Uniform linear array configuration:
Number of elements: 12
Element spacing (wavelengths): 0.75
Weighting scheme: uniform
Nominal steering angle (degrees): -30
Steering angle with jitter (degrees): -28.674
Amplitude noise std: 0.05
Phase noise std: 0.05

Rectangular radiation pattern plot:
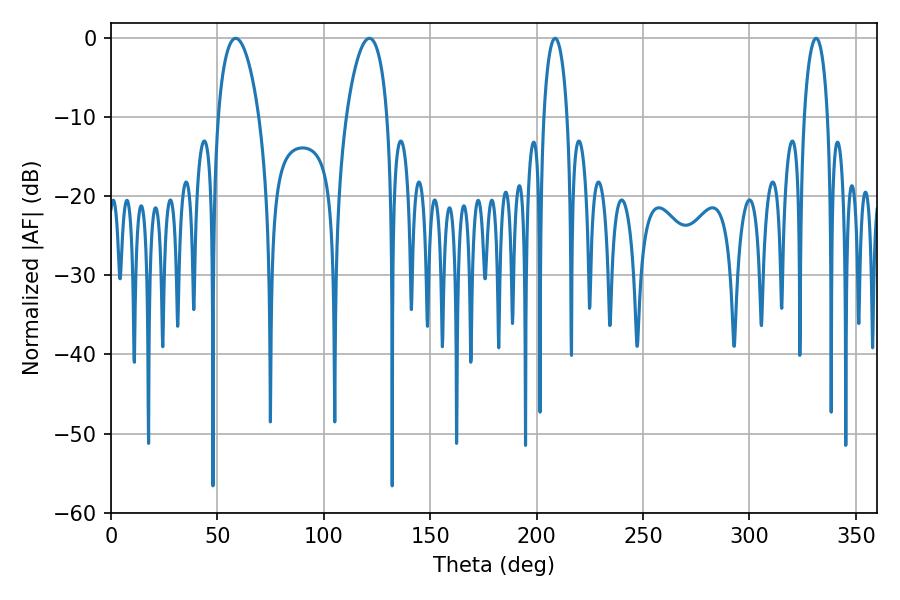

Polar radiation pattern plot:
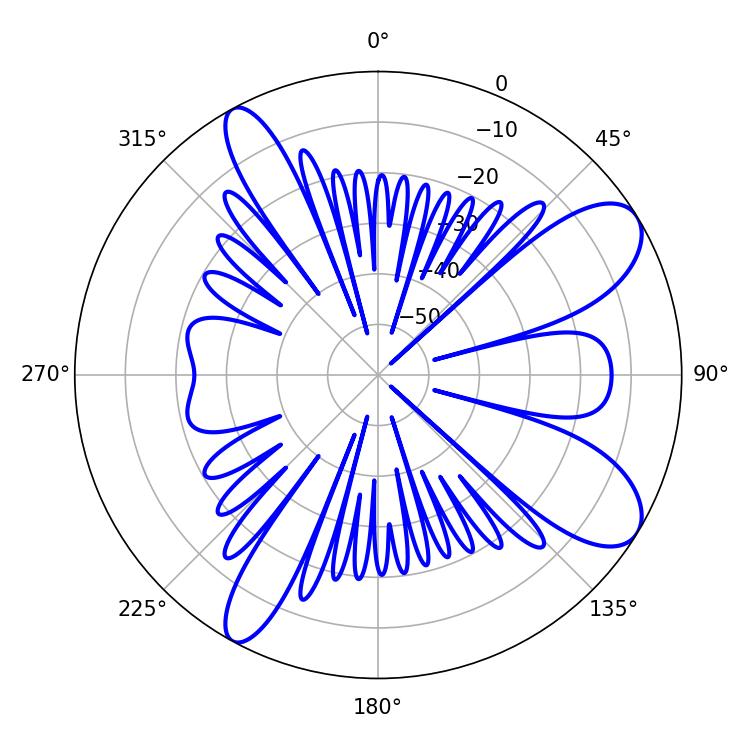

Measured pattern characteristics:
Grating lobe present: TRUE
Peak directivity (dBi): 9.243
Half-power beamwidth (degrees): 10.8
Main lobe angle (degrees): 58.5